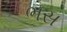
ભસ